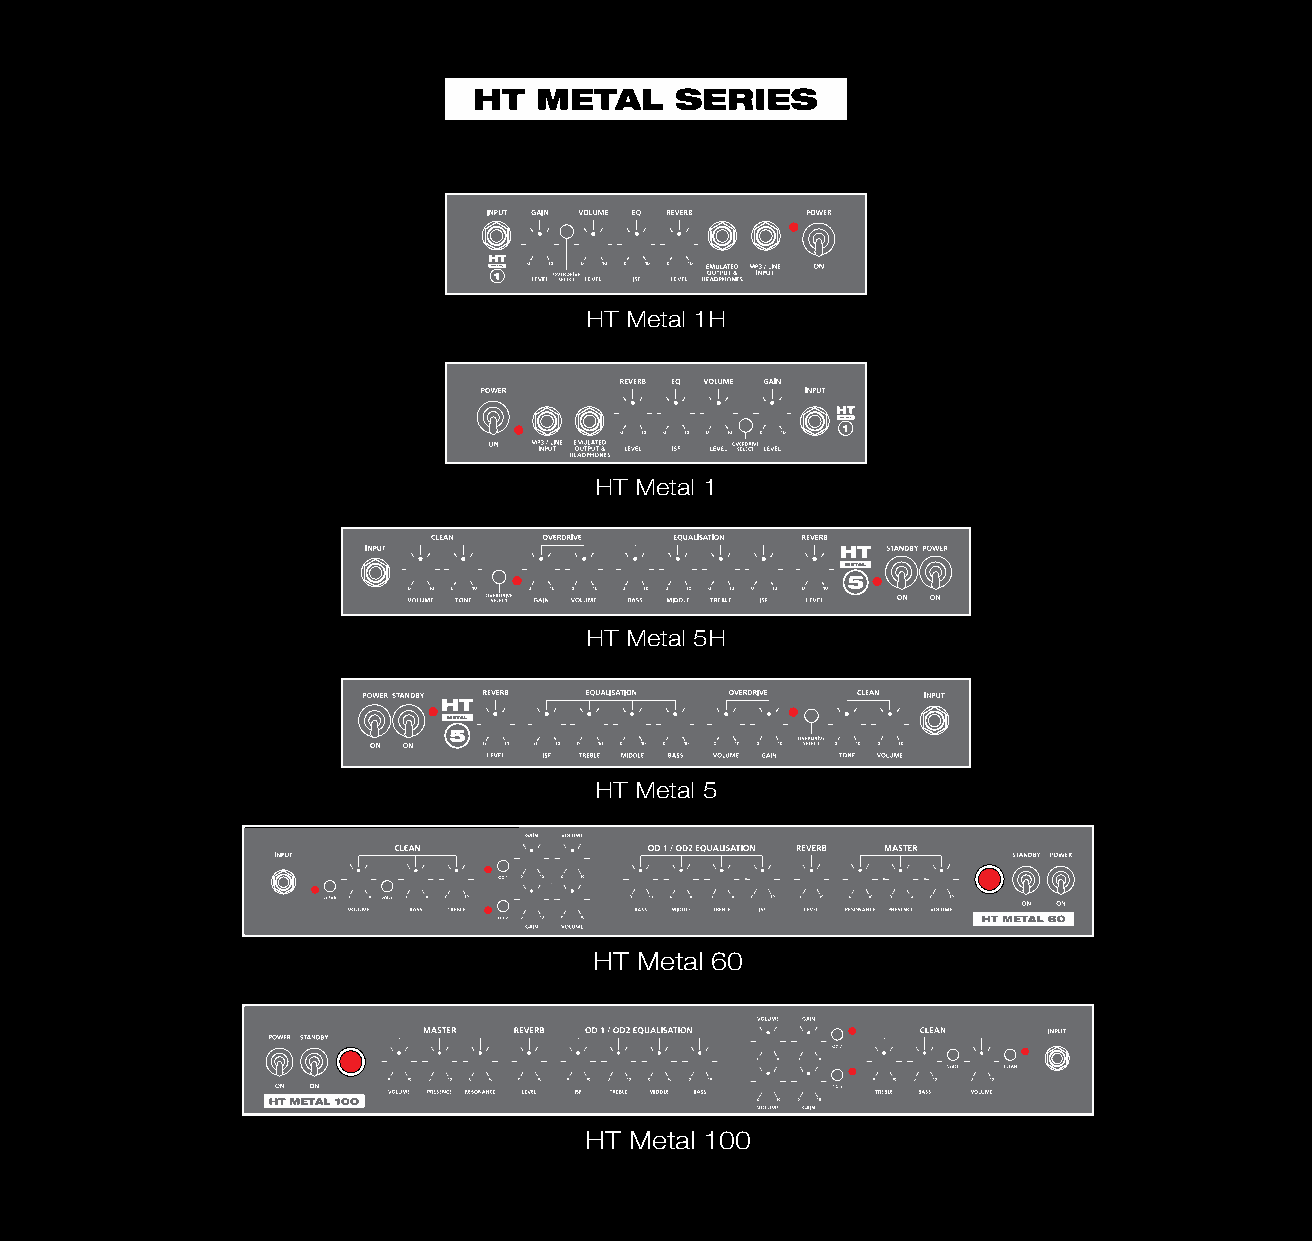
Combo
 Combo
 Combo
 CCoommbboo
 Combo
 HT Metal 1H
 Head
 Head
 HHeeaadd
 Head
 Head
 HT Metal 1
 Combo
 CCoommbboo
 Combo
 Combo
 Combo
 HT Metal 5H
 HHeeaadd
 Head
 Head
 Head
 HT Metal 5
 Head
 RREEVVEERRBB MMAASSTTEERR VVOOLLUUMMEE
 HT Metal 60
 REVERB MASTER VOLUME
 REVERB MASTER VOLUME
 REVERB MASTER VOLUME
 REVERB MASTER VOLUME
 HT Metal 100
 PPOOWWEERR SSTTAANNDDBBYY MMAASSTTEERR RREEVVEERRBB EEQQUUAALLIISSAATTIIOONN OOVVEERRDDRRIIVVEE CCLLEEAANN IINNPPUUTT
 MASTER REVERB EQUALISATION OVERDRIVE CLEAN INPUT
 POWER STANDBY
 MASTER REVERB EQUALISATION OVERDRIVE CLEAN INPUT
 POWER STANDBY
 MASTER REVERB EQUALISATION OVERDRIVE CLEAN INPUT
 POWER STANDBY MASTER REVERB EQUALISATION OVERDRIVE CLEAN INPUT
 POWER STANDBY